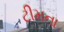
ટીમના